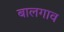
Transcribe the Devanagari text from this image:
बालगाव